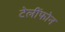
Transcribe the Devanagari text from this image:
टेलींफोन